Report of the Indian Hemp Drugs Commission, 1894-1895 - Volume VIII
Year: 1894
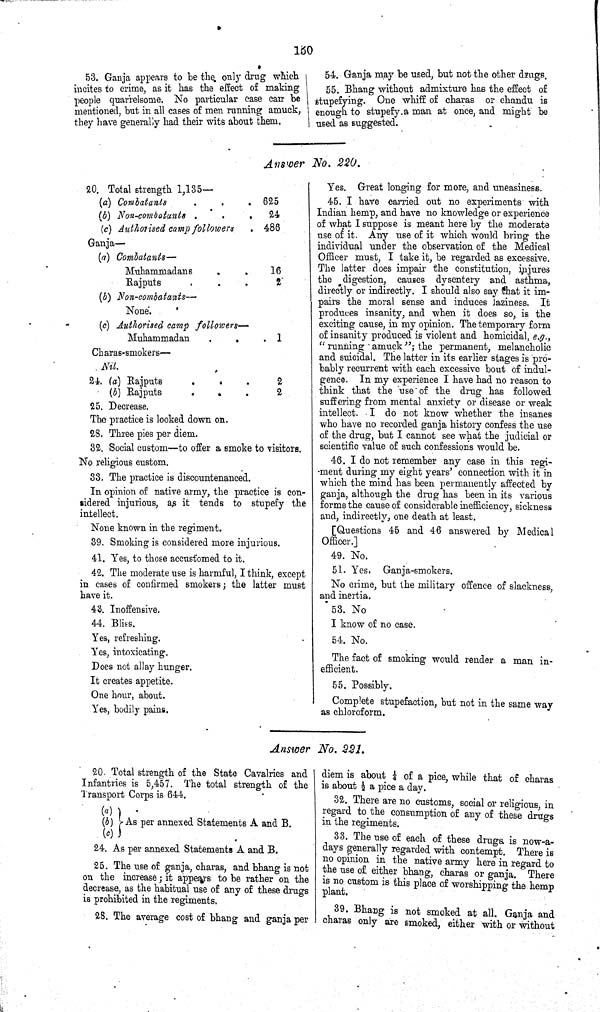
130
53. Ganja appears to be the only drug which
incites to crime, as it has the effect of making
people quarrelsome. No particular case can be
mentioned, but in all cases of men running amuck,
they have generally had their wits about them.
54. Ganja may be used, but not the other drugs.
55. Bhang without admixture has the effect of
stupefying. One whiff of charas or chandu is
enough to stupefy a man at once, and might be
used as suggested.
Answer No. 220.
20. Total strength 1,135—
(a) Combatants
625
(b) Non-combatants
24
(c) Authorised camp followers
486
Ganja—
(a)
Combatants—
Muhammadans
16
Rajputs
2
(b) Non-combatants—
None.
(c) Authorised camp followers—
Muhammadan
1
Charas-smokers—
Nil.
24. (a) Rajputs
2
(b) Rajputs
2
25. Decrease.
The practice is looked down on.
28. Three pies per diem.
32. Social custom—to offer a smoke to visitors.
No religious custom.
33. The practice is discountenanced.
In opinion of native army, the practice is con¬
sidered injurious, as it tends to stupefy the
intellect.
None known in the regiment.
39. Smoking is considered more injurious.
41. Yes, to those accustomed to it.
42. The moderate use is harmful, I think, except
in cases of confirmed smokers; the latter must
have it.
43. Inoffensive.
44. Bliss.
Yes, refreshing.
Yes, intoxicating.
Does not allay hunger.
It creates appetite.
One hour, about.
Yes, bodily pains.
Yes. Great longing for more, and uneasiness.
45. I have carried out no experiments with
Indian hemp, and have no knowledge or experience
of what I suppose is meant here by the moderate
use of it. Any use of it which would bring the
individual under the observation of the Medical
Officer must, I take it, be regarded as excessive.
The latter does impair the constitution, injures
the digestion, causes dysentery and asthma,
directly or indirectly. I should also say that it im¬
pairs the moral sense and induces laziness. It
produces insanity, and when it does so, is the
exciting cause, in my opinion. The temporary form
of insanity produced is violent and homicidal, e.g.,
"running amuck"; the permanent, melancholic
and suicidal. The latter in its earlier stages is pro¬
bably recurrent with each excessive bout of indul¬
gence. In my experience I have had no reason to
think that the use of the drug has followed
suffering from mental anxiety or disease or weak
intellect. I do not know whether the insanes
who have no recorded ganja history confess the use
of the drug, but I cannot see what the judicial or
scientific value of such confessions would be.
46. I do not remember any case in this regi-
ment during my eight years' connection with it in
which the mind has been permanently affected by
ganja, although the drug has been in its various
forms the cause of considerable inefficiency, sickness
and, indirectly, one death at least.
[Questions 45 and 46 answered by Medical
Officer.]
49. No.
51. Yes. Ganja-smokers.
No crime, but the military offence of slackness,
and inertia.
53. No
I know of no case.
54. No.
The fact of smoking would render a man in¬
efficient.
55. Possibly.
Complete stupefaction, but not in the same way
as chloroform.
Answer No. 221.
20. Total strength of the State Cavalries and
Infantries is 5,457. The total strength of the
Transport Corps is 644.
(a)
(b)
(c)
As per annexed Statements A and B.
24. As per annexed Statements A and B.
25. The use of ganja, charas, and bhang is not
on the increase; it appears to be rather on the
decrease, as the habitual use of any of these drugs
is prohibited in the regiments.
28. The average cost of bhang and ganja per
diem is about 1/4 of a pice, while that of charas
is about 1/2 a pice a day.
32. There are no customs, social or religious, in
regard to the consumption of any of these drugs
in the regiments.
33. The use of each of these drugs is now-a-
days generally regarded with contempt. There is
no opinion in the native army here in regard to
the use of either bhang, charas or ganja. There
is no custom is this place of worshipping the hemp
plant.
39. Bhang is not smoked at all. Ganja and
charas only are smoked, either with or without